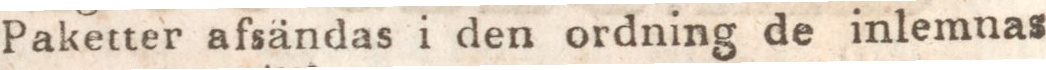
Paketter afsändas i den ordning de inlemnas